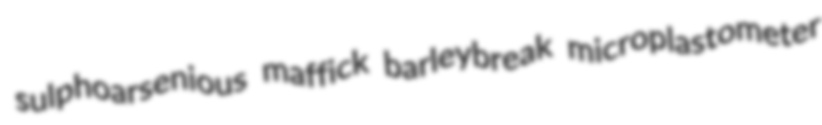
sulphoarsenious maffick barleybreak microplastometer